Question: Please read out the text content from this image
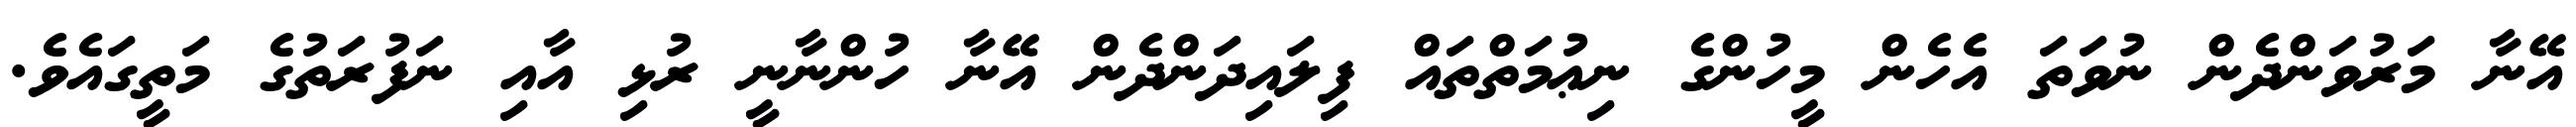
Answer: އޭނާ މަރުވަންދެން ނުވަތަ އެހެން މީހުންގެ ނިޢުމަތްތައް ފިލައިދަންދެން އޭނާ ހުންނާނީ ރުޅި އާއި ނަފުރަތުގެ މަތީގައެވެ.